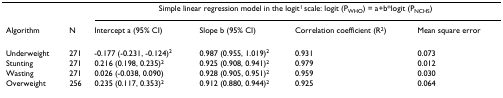
|  |  | <COLSPAN=4> Simple linear regression model in the logit1 scale: logit (PWHO) = a+b*logit (PNCHS) |
 | Algorithm | N | Intercept a (95% CI) | Slope b (95% CI) | Correlation coefficient (R2) | Mean square error |
 | --- | --- | --- | --- | --- | --- |
 | Underweight | 271 | -0.177 (-0.231, -0.124)2 | 0.987 (0.955, 1.019)2 | 0.931 | 0.073 |
 | Stunting | 271 | 0.216 (0.198, 0.235)2 | 0.925 (0.908, 0.941)2 | 0.979 | 0.012 |
 | Wasting | 271 | 0.026 (-0.038, 0.090) | 0.928 (0.905, 0.951)2 | 0.959 | 0.030 |
 | Overweight | 256 | 0.235 (0.117, 0.353)2 | 0.912 (0.880, 0.944)2 | 0.925 | 0.064 |